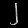
Digit: ၂